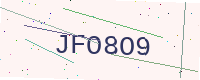
Text: JFO8O9